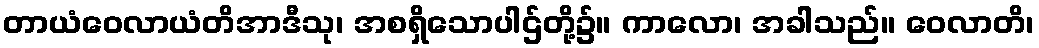
တာယံဝေလာယံတိအာဒီသု၊ အစရှိသောပါဌ်တို့၌။ ကာလော၊ အခါသည်။ ဝေလာတိ၊